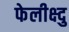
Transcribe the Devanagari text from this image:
फेलीक्ष्दु